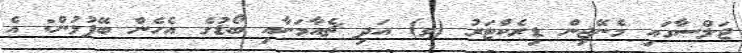
ޖަލްސާގައި މެނޭޖިން ޑިރެކްޓަރު (ވ) އަދި ޗެއާމަނާއި ބޯޑުގެ އެހެން ބޭފުޅުން: އެ